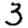
Digit: 3